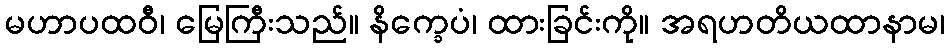
မဟာပထဝီ၊ မြေကြီးသည်။ နိက္ခေပံ၊ ထားခြင်းကို။ အရဟတိယထာနာမ၊